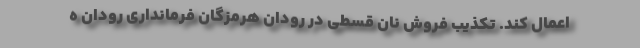
اعمال کند. تکذیب فروش نان قسطی در رودان هرمزگان فرماندارى رودان ه